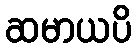
ဆမာယပိ